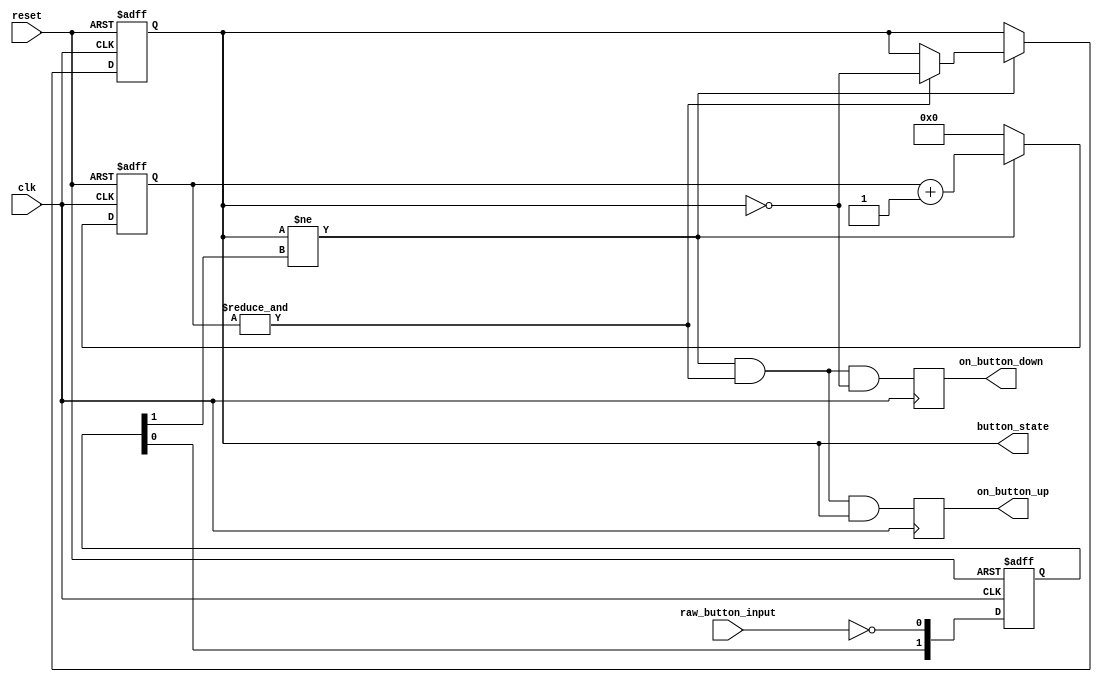


module button_debouncer
//! Parameters
#(
    parameter		COUNTER_WIDTH = 16
)

(
    input clk,
	 input reset,
    input raw_button_input,  
 
    output reg button_state,  
    output reg on_button_down,  
    output reg on_button_up   
);
 
//! Synchronizing input to our clk domain
reg	 [1:0] sw_r;
always @ (posedge reset or posedge clk)
if (reset)
		sw_r   	<= 2'b00;
else
		sw_r    <= {sw_r[0], ~raw_button_input};
 
reg [COUNTER_WIDTH-1:0] counter;
 
 
wire sw_change_f = (button_state != sw_r[1]);

wire is_counter_full = &counter;	
 
always @(posedge reset or posedge clk)
if (reset)
begin
	counter <= 0;
	button_state <= 0;
end 
else if(sw_change_f)	
   	begin
		counter <= counter + 'd1;  
		if(is_counter_full) button_state <= ~button_state;  
	end
	else  counter <= 0;  
 
always @(posedge clk)
begin
	on_button_down <= sw_change_f & is_counter_full & ~button_state;
	on_button_up <= sw_change_f & is_counter_full &  button_state;
end
 
endmodule